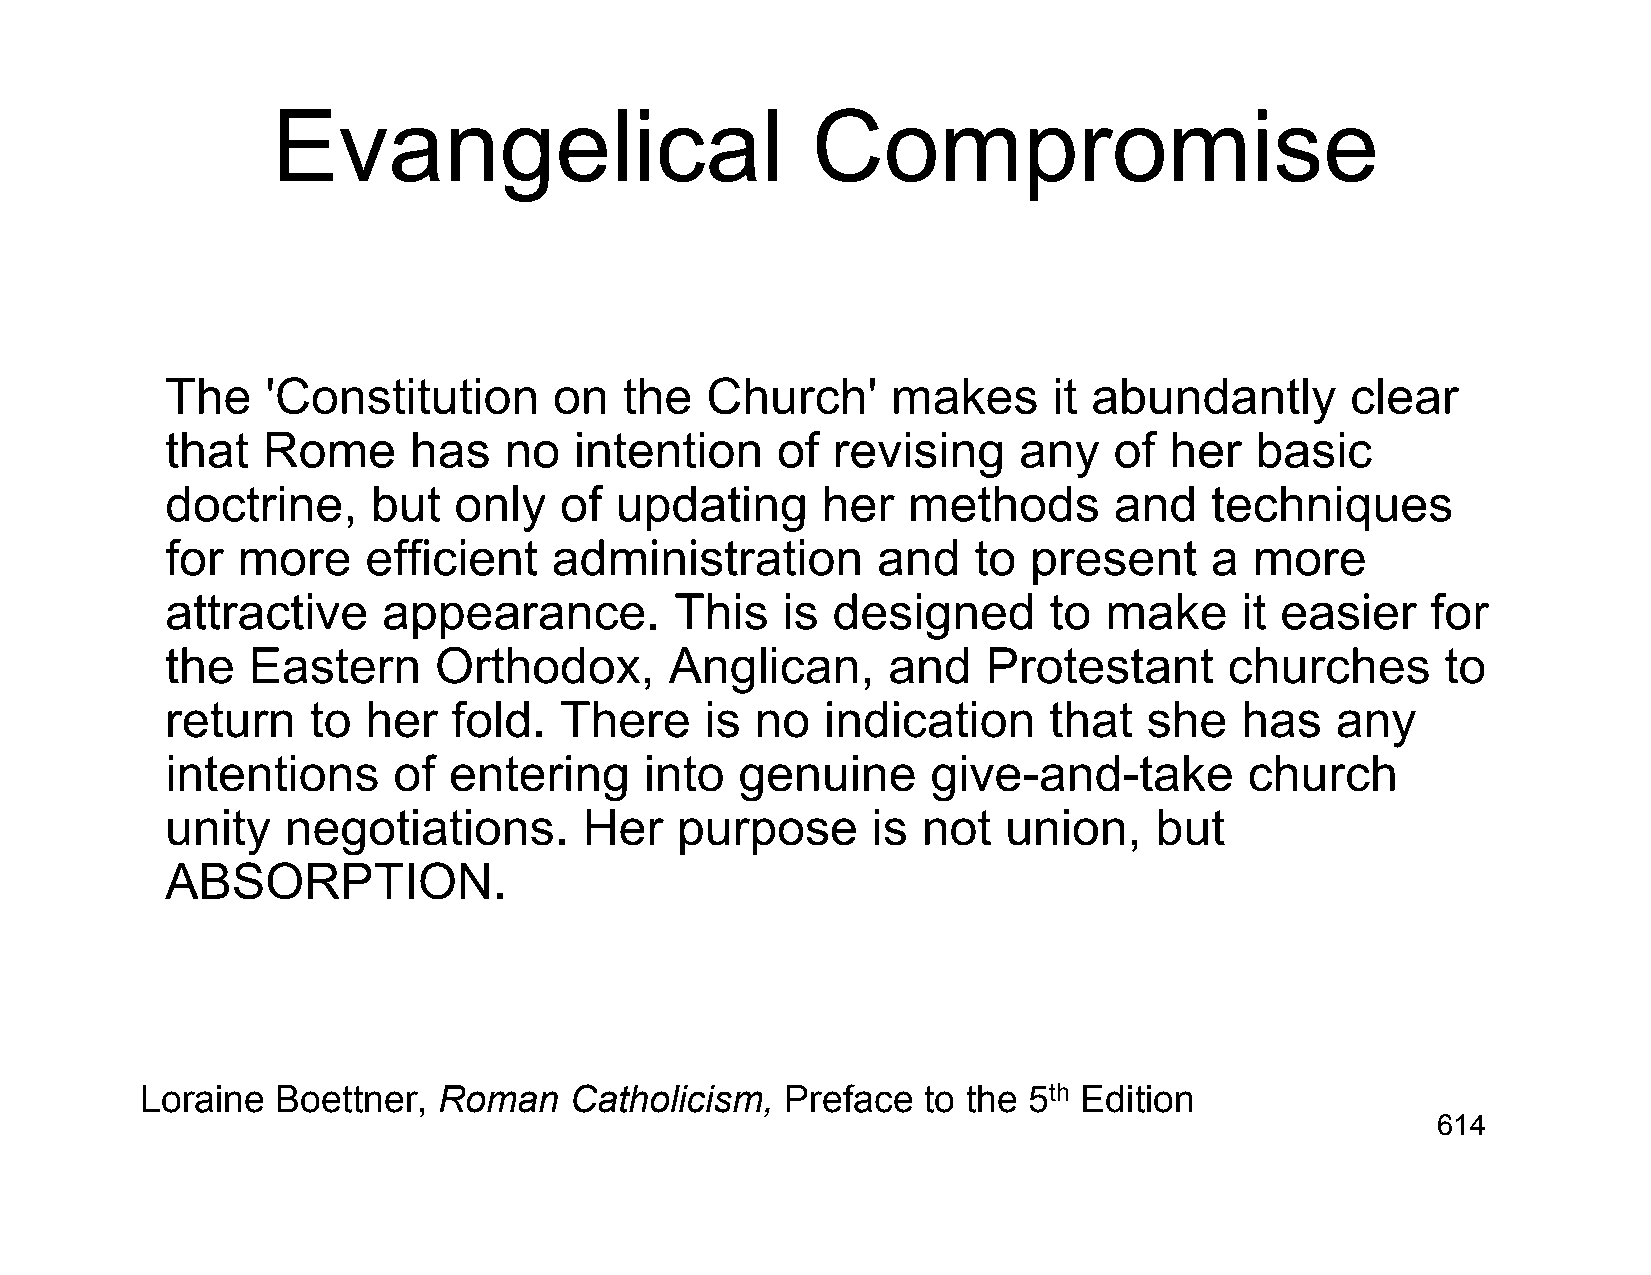
Evangelical                         Compromise
 The    'Constitution      on  the   Church'     makes      it abundantly      clear
 that  Rome      has   no   intention    of  revising    any    of her   basic
 doctrine,     but  only   of  updating     her   methods       and   techniques
 for  more    efficient    administration       and   to  present     a  more
 attractive    appearance.         This   is designed      to  make     it easier    for
 the  Eastern      Orthodox,      Anglican,      and   Protestant      churches       to
 return   to  her   fold.  There     is no   indication    that   she   has   any
 intentions     of  entering     into  genuine      give-and-take        church
 unity   negotiations.       Her   purpose      is not   union,   but
 ABSORPTION.
 Loraine  Boettner,  Roman    Catholicism,  Preface  to the 5th Edition
 614